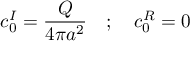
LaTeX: c _ { 0 } ^ { I } = \frac { Q } { 4 \pi a ^ { 2 } } \quad ; \quad c _ { 0 } ^ { R } = 0